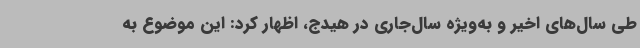
طی سال‌های اخیر و به‌ویژه سال‌جاری در هیدج، اظهار کرد: این موضوع به